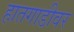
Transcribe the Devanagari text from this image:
हातगाडीवर